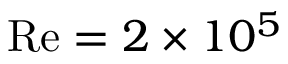
\mathrm { R e } = 2 \times 1 0 ^ { 5 }